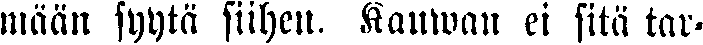
mään syytä siihen. Kauwan ei sitä tar-